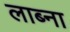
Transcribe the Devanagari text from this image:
लाब्ना